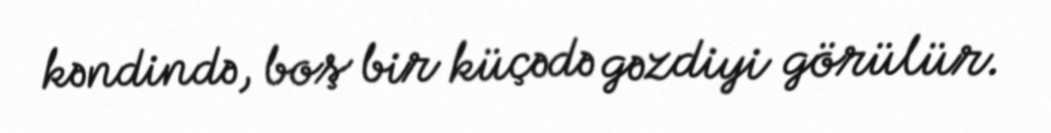
kəndində, boş bir küçədə gəzdiyi görülür.